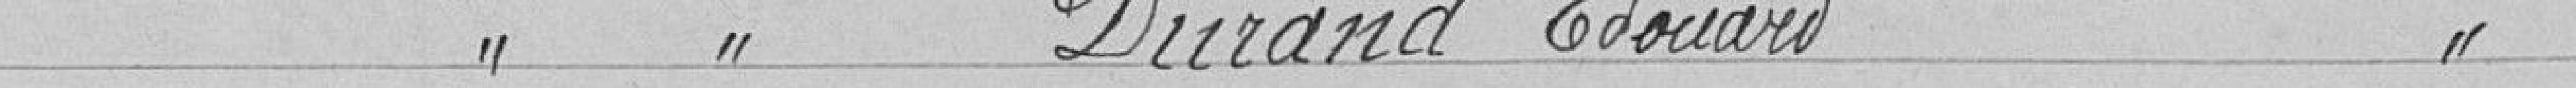
Classe 1925 DURAND Edouard, continuation de ses études